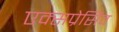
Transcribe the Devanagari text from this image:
एक्सप्रेसिव